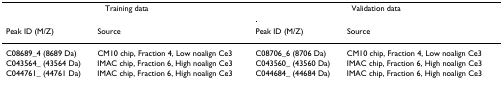
<table><thead><tr><td colspan="2"><b>Training data</b></td><td colspan="2"><b>Validation data</b></td></tr><tr><td><b>Peak ID (M/Z)</b></td><td><b>Source</b></td><td><b>Peak ID (M/Z)</b></td><td><b>Source</b></td></tr></thead><tbody><tr><td>C08689_4 (8689 Da)</td><td>CM10 chip, Fraction 4, Low noalign Ce3</td><td>C08706_6 (8706 Da)</td><td>CM10 chip, Fraction 4, Low noalign Ce3</td></tr><tr><td>C043564_ (43564 Da)</td><td>IMAC chip, Fraction 6, High noalign Ce3</td><td>C043560_ (43560 Da)</td><td>IMAC chip, Fraction 6, High noalign Ce3</td></tr><tr><td>C044761_ (44761 Da)</td><td>IMAC chip, Fraction 6, High noalign Ce3</td><td>C044684_ (44684 Da)</td><td>IMAC chip, Fraction 6, High noalign Ce3</td></tr></tbody></table>